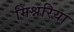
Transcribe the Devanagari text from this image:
मिश्नरियां